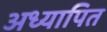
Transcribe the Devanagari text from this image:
अध्यापित